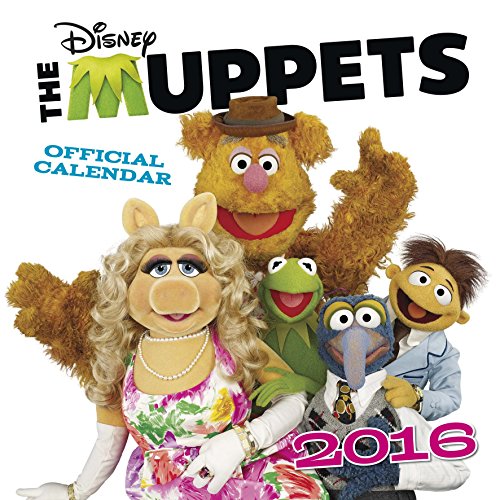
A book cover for The Official the Muppets 2016 Square Calendar; Calendars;